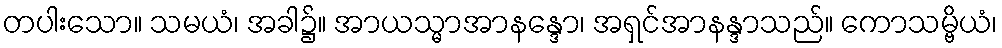
တပါးသော။ သမယံ၊ အခါ၌။ အာယသ္မာအာနန္ဒော၊ အရှင်အာနန္ဒာသည်။ ကောသမ္ဗိယံ၊